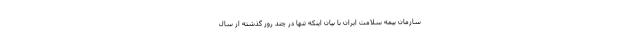
سازمان بیمه سلامت ایران با بیان اینکه تنها در چند روز گذشته از سال